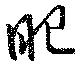
眼